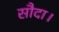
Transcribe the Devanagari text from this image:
सौदा।